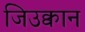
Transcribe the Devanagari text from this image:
जिउक्वान